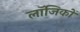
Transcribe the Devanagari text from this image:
लॉजिकों